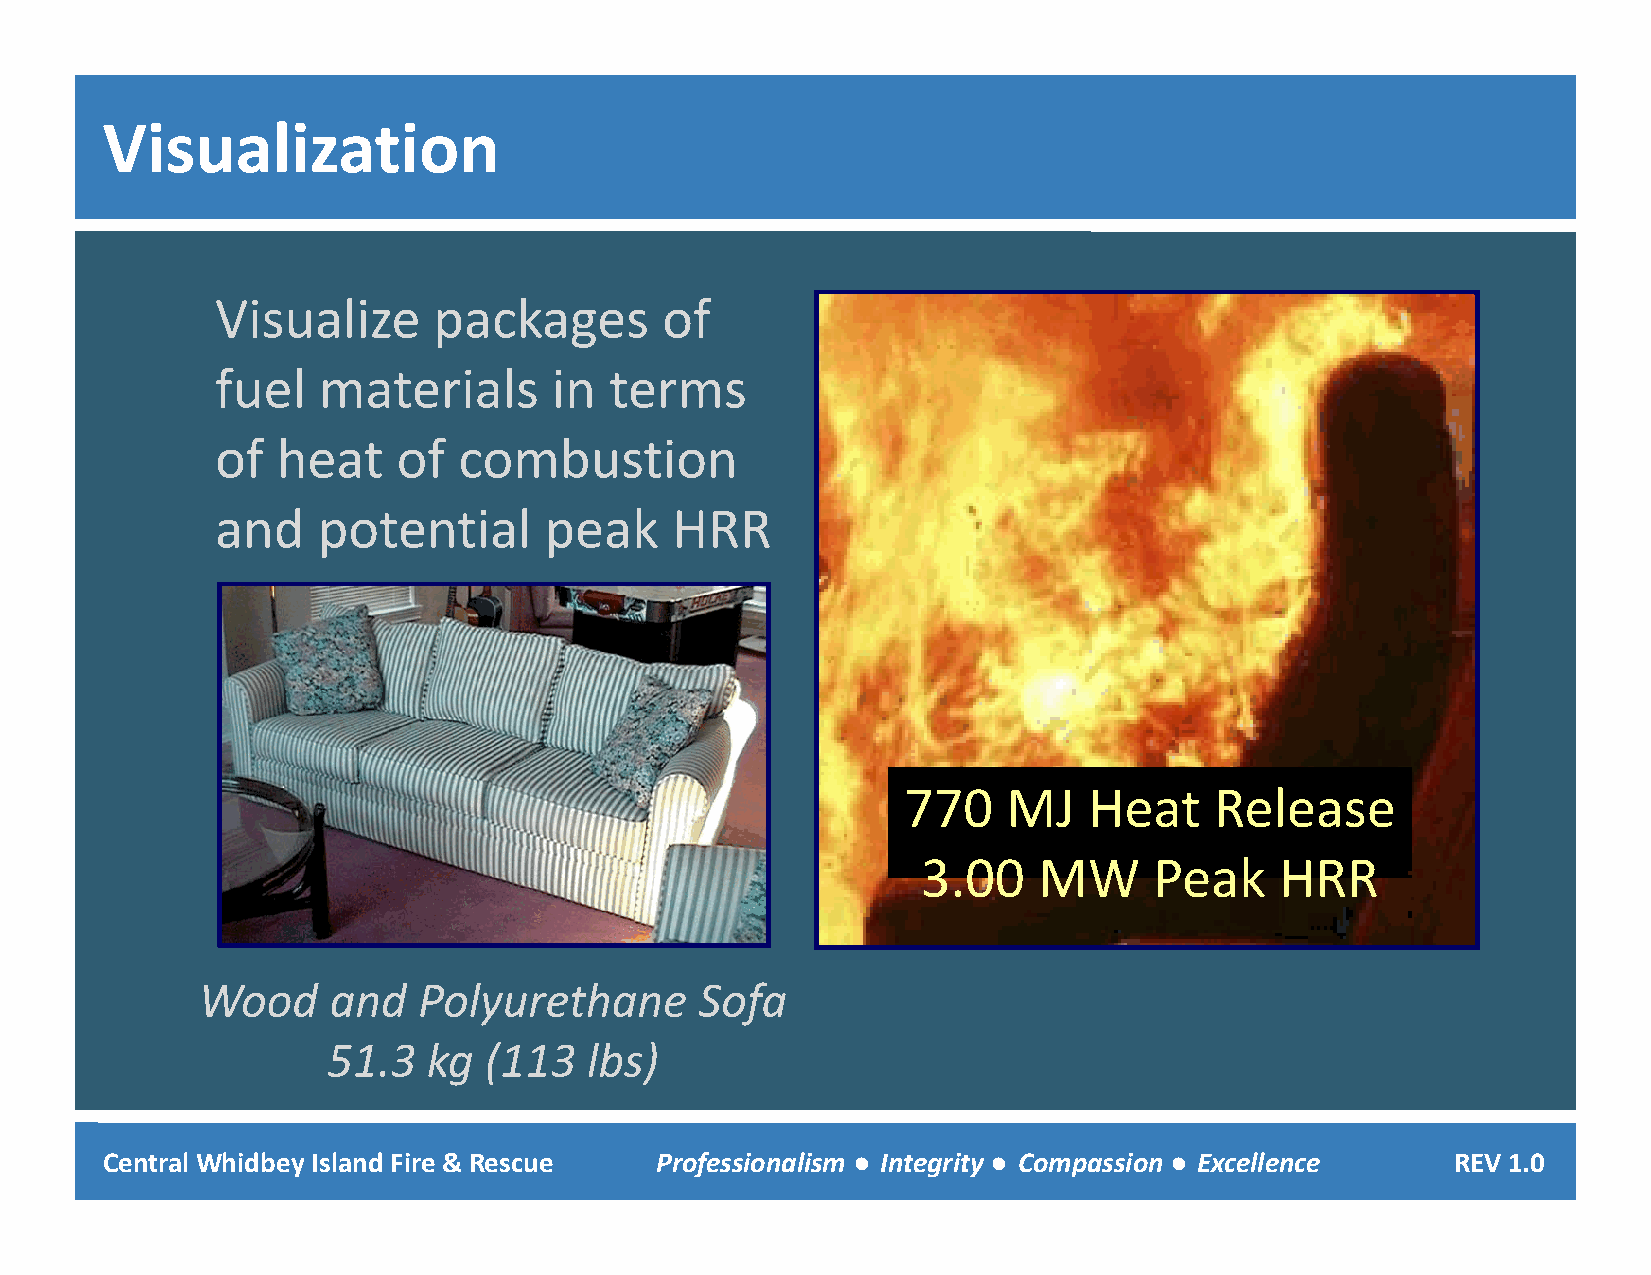
Visualization
 Visualize      packages       of
 ffuueell mmaatteerriiaallss iinn tteerrmmss
 of  heat    of  combustion
 and    ppotential     ppeak   HRR
 770    MJ   Heat    Release
 33.0000 MMWW   PPeeaakk HHRRRR
 Wood     and   Polyurethane      Sofa
 51.3  kg  (113   lbs)
 Central Whidbey Island Fire & Rescue Professionalism ● Integrity ● Compassion ● Excellence REV 1.0